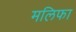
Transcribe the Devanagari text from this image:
मलिफा